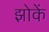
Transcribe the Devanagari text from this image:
झोकें